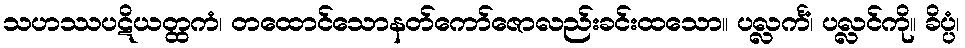
သဟဿပဋိယတ္ထကံ၊ တထောင်သောနတ်ကော်ဇောလည်းခင်းထသော။ ပလ္လင်္ကံ၊ ပလ္လင်ကို။ ခိပ္ပံ၊